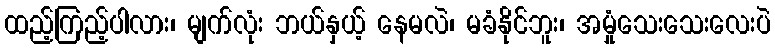
ထည့်ကြည့်ပါလား၊ မျက်လုံး ဘယ်နှယ့် နေမလဲ၊ မခံနိုင်ဘူး၊ အမှုံသေးသေးလေးပဲ